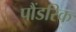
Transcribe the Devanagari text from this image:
पौंडरिक